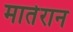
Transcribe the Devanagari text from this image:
मातेरान